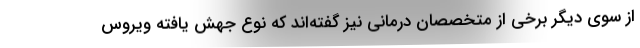
از سوی دیگر برخی از متخصصان درمانی نیز گفته‌اند که نوع جهش یافته ویروس